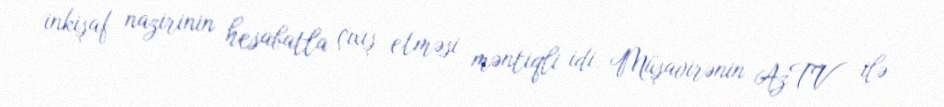
inkişaf nazirinin hesabatla çıxış etməsi məntiqli idi. Müşavirənin AzTV ilə